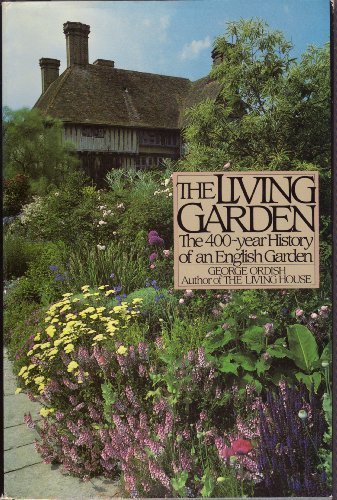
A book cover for The Living Garden: The 400-year History of an English Garden; George Ordish; Crafts, Hobbies & Home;